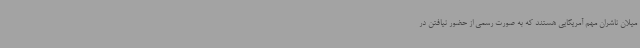
‌میلان ناشران مهم آمریکایی هستند که به صورت رسمی از حضور نیافتن در